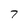
Character: 7